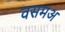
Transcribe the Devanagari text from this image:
वसमअ